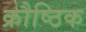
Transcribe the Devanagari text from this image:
क्रौष्ठिक